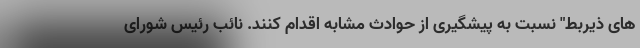
های ذیربط" نسبت به پیشگیری از حوادث مشابه اقدام کنند. نائب رئیس شورای